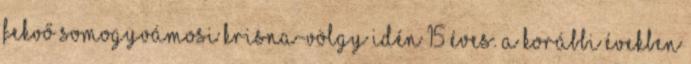
fekvő somogyvámosi Krisna-völgy idén 15 éves. A korábbi években